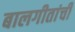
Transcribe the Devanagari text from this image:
बालगीतांची